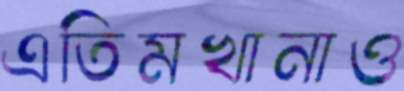
এতিমখানাও